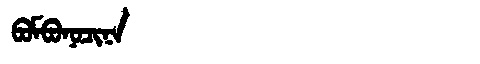
Manchu: ᠪᠣᠮᠪᠣᠨᠣᠴᡳᠨᠠ
Romanization: BOMBONOCINA